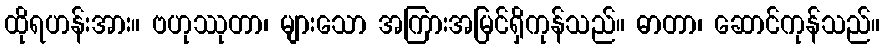
ထိုရဟန်းအား။ ဗဟုဿုတာ၊ များသော အကြားအမြင်ရှိကုန်သည်။ ဓာတာ၊ ဆောင်ကုန်သည်။